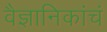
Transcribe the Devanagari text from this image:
वैज्ञानिकांचं